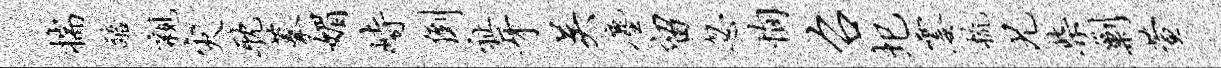
揣醅亲灾耽摹媚峙倒祉牙吴尘留忽恂召圯霎梳兄柴剿萱